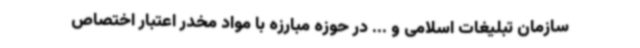
سازمان تبلیغات اسلامی و ... در حوزه مبارزه با مواد مخدر اعتبار اختصاص